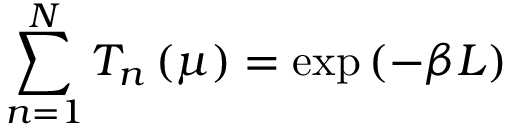
\sum _ { n = 1 } ^ { N } T _ { n } \left( \mu \right) = \exp \left( - \beta L \right)